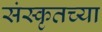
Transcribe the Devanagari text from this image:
संस्‍कृतच्या